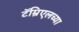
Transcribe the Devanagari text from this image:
टॅम्रिएलच्या